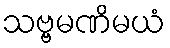
သဗ္ဗမဏိမယံ